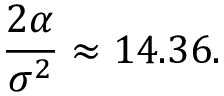
\frac { 2 \alpha } { \sigma ^ { 2 } } \approx 1 4 . 3 6 .